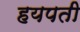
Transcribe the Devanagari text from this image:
हयपती